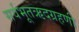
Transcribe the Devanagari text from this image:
सर्वभूतऋदग्रहणी